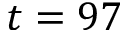
t = 9 7